Vital statistics of India. Vol. IV, Annual returns from 1871 to 1876. British Army of India, Native Army and jails of Bengal
Year: 1871
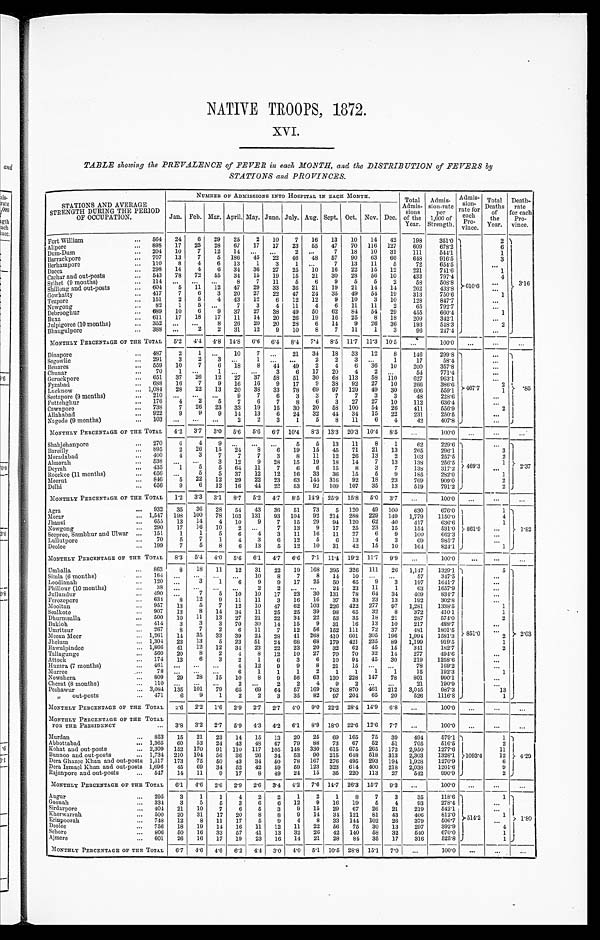
NATIVE TROOPS, 1872.
xv.
TABLE &halving the PREVALENCE of FEVER in each MONTH, and the DISTRIBUTION of FEVERS by
STATIONS and PROVINCES.
STATIONS AND AVERAGE
STRENGTH DURING THE PERIOD
OF OCCUPATION.
NUMBER OF ADMISSIONS INTO HOSPITAL IN Eicn MONTH.
Total
Admis-
lions
of the
Year.
Admis-
sion-rate
per
1,000 of
Strength.
Admis-
,sion:
late tor
each
Total
Deaths
of
the
Year.
Death-
rate
for each
Pro-
vince.
Jan. Feb. Mar, April. May.
.
June. July. Aug. Sept. Oct. Nov. Dec.
vince,
Fort William
...
564
24
6
29
25
2
10
7
16
13
10
14
42
198
351'0 1
2 )
Alipore
...
898
17
25
28
67
17
17
23
55
47
70
116
127
609
673'2 l
6 l
Dum-Dum
...
204
10
7
12
11
'
. .
...
7
18
10
31
111
541'1
1
Barrackpore
- •
707
13
7
5
186
45
22
46
48
57
90
63
60
649
916'5
3
13erhampore
...
110
8
4
6
13
1
3
. .
7
13
11
5
72
654'5
...
Dacca
- •
298
14
4
6
31
36
27
25
10
10
22
15
12
221
711'6
1
Cachar and out-posts
...
513
78
72
55
31
15
19
15
21
30
23
56
10
433
4
Sylhet (9 months)
...
114
...
5
...
11
...
8
7
11
5
6
9
5
5
2
53
54 709387 3" 84 8 > . 61( ) . 6
3'16
Shillong and out-posts
...
601
12
47
29
33
36
21
19
21
11
14
962
: : :
G owliatty
...
417
7
6
3
20
27
22
47
24
35
49
54
19
313
750'6
1
Tezpore
...
151
2
5
4
43
12
6
12
12
9
10
3
10
128
847'7
...
1, .lrowgong
...
82
1
5
...
7
3
4
11
4
6
11
11
2
65
7921
...
Debrooghur
...
689
10
6
9
37
27
38
49
50
62
81
54
29
455
660'4
1
Buxa
...
611
17
18
17
11
14
20
26
19
16
25
8
18
209
342'1
Julpigoree (10 months)
...
353
..
2
3
0
1
2
12
0
2
9
0
2
1,1
14
1
9
1
26
36
193
513'3
2
Bhaugulp ore
...
333
...
...
2
2
8
1
3
96
2474 )
...
MONTHLY PERCENTAGE OF TILE TOTAL
5'2
4'4
4'8 14'8
6'6
6'1
8,1
7,1
8'5 11'7 1r3 10'5
,,, ,,
100'0
•..
...
...
Dinapore
...
487
2
1
._
10
7
..,
21
31
18
33
12
8
116
_
299'8
____
)
—•— ______
Segowlie
...
291
3
2
1
2
3
. .
1
17
58'4
...
Beuares
...
559
10
7
6
18
8
41
49
2
4
6
'36
10
200
357'8
Chunar
...
70
1
3
5
17
20
4
2
.'.
54
771'4
...
Goruckpore
...
651
37
26
12
27
37
58
51
30
68
113
58
110
627
063'1
Fyzabad
...
683
Lucknow
... 1,034
16
28
7
22
9
13
16
20
16
38
9
33
17
78
9
69
38
97
92
129
27
49
10
30
266
606
386'6
559'1 -• 467'7
2
1
'85
Seetapore (9 months)
210
9
7
6
3
3
7
7
3
3
48
228'6
...
Puttelihur
...
176
4
2
5
7
6
7
8
6
3
27
27
10
112
636'4
...
Cawnpo
g
re
...
733
7
26
23
33
19
15
30
20
58
100
54
26
411
556'9
2
Allababad
...
922
9
9
9
11
13
6
24
32
44
34
15
22
231
210'5
..
Nagode (9 months)
...
103
-.
-.
-.
2
2
3
1
5
8
11
6
-1
42
407'8 J
MONTHLY PERCENTAGE or THE TOTAL
4-2
31
3 •0
5'6
5'6
61
-
10'4
8'3 13'3 20'3 10'4
8-5
--
,,.
—
100'0
—
...
—
Shahjehanpore
...
270
6
4
26
9
...
...
5
5
13
11
8
1
62
_
229'6
_
•)
Bareilly
...
895
2
15
24
8
6
19
15
45
71
21
13
265
206'1
3
Moradabad
...
400
1
3
7
7
7
3
8
11
12
20
13
2
103
2575
2
Ahnorah
538
5
3
12
9
28
15
19
18
11
7
13
138
216'5
469'3
1
2'37
Deyrah
...
435
1
5
64
11
7
6
6
15
8
3
7
138
317'2
...
Roorkee (11 months)
656
.„
5
5
37
12
12
16
33
36
15
5
9
185
282'0
1
Meerut
• • .
846
5
22
12
29
22
23
63
111 316
92
18
23
769
909'0
2
Delhi
...
616
9
6
12
16
44
25
53
92
109
107
35
13
519
791'2 J
2
IIONTIILY PERCENTAGE OF THE TOTAL
1'2
3'3
3'1
8'7
5'2
4'7
8'5 119 ' 25'9 15'8
5'0
31
.„
100'0
...
•••
...
Agra
...
932
35
36
28
54
43
36
51
73
5
120
49
100
630
676'0 1
1
Morar
... 1,517
198
100
78
103
131
93
104
92
214
288
229
149
1,779
1150'0 I
4
Jhausi
• -
655
13
14
4
10
9
7
15
29
94
120
62
40
417
636'6 I
1
Nowgong
...
290
17
16
10
2
...
7
13
9
17
25
23
15
154
531'0 ', - 861'9
...
1'32
Seepree, Sambhur and Ulwar ...
151
1
1
5
6
4
3
11
16
11
27
6
9
100
662'
I
..•
Lullutpore
...
70
5
7
1
4
3
6
12
5
6
13
4
3
69
085'7 I
Deolee
...
199
7
5
8
—
6
13
5
12
10
31
42
15
10
164
824'1 j
MONTHLY PERCENTAGE OF THE TOTAL
8-3
5'1
4'0
_
5-6
6'1
4'7
6. 6
7• 1 11-4 19'2 11'7
9'9
,,, I
100'0
...
...
...
Umballa
...
863
8
18
11
12
31
.
22
•
19
168
395
326
111
20
-
1,147
13201
—
')
5
_
')
Simla (6 months)
...
164
...
...
...
...
10
8
7
8
14
10
...
...
57
317'5
...
Loodiauah
...
120
...
3
1
6
9
9
17
25
50
65
9
3
197
1641'7
•••
Phillour (10 mouths)
...
38
•••
•••
••.
••
2
2
. .
•••
24
23
11
1
63
1657'9
...
Jullumlur
._
490
„
7
' 5
10
10
17
23
30
131
78
61
34
409
8317
Ferozepore
...
631
8
12
9
11
11
3
16
16
37
33
23
13
192
302'8
-• •
Mooltan
•„
957
13
5
7
12
10
47
62
103
226
122
277
97
1,285
1339-5
I
1
Sealkote
•-
907
13
8
14
34
11
25
25
39
98
65
32
8
372
440'1 1
1
Dhurmsalla
,..
500
10
1]
13
27
21
22
34
22
53
35
18
21
287
574'0
2
13ukloh
...
414
3
3
3
70
30
14
15
9
31
16
13
10
217
488'7
...
Umritsur
...
267
Menu Meer
... 1,261
8
14
7
35
2
33
6
39
11
24
7
28
12
41
56
152
410
111
601
72
305
2
6
8
37
196
491
1,991
1801'5
1181'3 L 851'0
2 } 2'03
Jhelum
... 1,304
23
13
5
23
51
24
68
68
179
421
235
89
1,199
919'5
1
liawulpindee
... 1,866
41
12
12
34
23
22
23
20
32
62
45
15
341
182-7
2
Tallagunge
...
560
20
8
2
4
8
12
10
27
70
70
32
14
277
494'
...
174
13
6
3
2
1
6
3
6
10
9-1
45
30
219
1218'6
• "
...
Huzara (7 months)
461
•..
...
...
4
12
9
9
8
21
15
...
...
78
169'2
1
Murree
6
1
1
1
2
1
1
1
1
15
192'3
1
Nowshera
...
809
29
28
15
10
8
9
56
63
130
228
147
78
801
990'1 I
...
Cherat (8 months)
...
110 ..,
.-
_.
2
2
4
9
2
...
.
21
190'9 I
...
Peshawur
... 3,08-1
135
101
79
65
69
61
57
169
763
870
461
ill),
3,015
987'3
13
,,
out-posts
...
471
6
9
1
2
2
3
35
82
97
204
65
20
526
1116'8
1 i
MONTHLY PERCENTAGE OF THE TOTAL
:,'6
2'2
1'6
2'9
2'7
21
4'0
9'0 22-2 28'1 14'9
6'8
...
100'0
...
...
_
...
MONTHLY PERCENTAGE OF THE TOTAL
FOR THE PRESIDENCY
...
3'8
3'2
2'7
5 • 9
4'3
4'2
6'1
8'9 18-0 22'0 12 - 6
7'7
...
100'0
...
...
-.
Murdan
...
853
15
21
23
14
15
13
20
25
69
165
75
39
494
579'1 -)
1 •)
Abbottabad
... 1,365
60
53
24
43
48
67
79
88
73
67
52
51
705
516'
1
2
Kohat and out-posts
... 2,309
152
170
91
110 117 105 148 330 615 675 265 172 2,950
1277'0 1
11
Bunnoo and out-posts
... 1,734
210
104
56
36
26
34
53
90
215
648
518
313
2,303
1328'1 }10931
12 }. 4'29
Dera Ghazee Khan and out-posts 1,517
173
75
50
43
3/
50
78
167
276
495
293
191
1,928
1270'
1
6 I
Dera Ismael Khan and out-posts 1,696
45
69
34
52
42
59
59
123
323
614 400 218 2,038
1201'6 1
9 1
Rajanpore and out-posts
...
517
14
11
9
17
8
49
24
15
35
220
113
27
512
990'9 J
2 )
MONTHLY PERCENTAGE OF THE TOTAL
6'1
4'6
2•6
2• 9
2'6
3'4
4'2
7'6 11'7 26'3 15'7
9'3
...
100'0
—
...
Augur
...
295
--
3
1
1
4
2
2
1
--
2
1
8
7
3
35
---
118'6
—
1
—
1
---
-)
Goonah
...
334
3
5
5
3
6
6
12
9
16
19
5
4
93
278'1 .
...
Sirdarpore
...
404
21
10
7
6
5
3
9
15
29
67
26
21
219
542'1
'••
Kherwarrah
...
100
20
31
17
20
8
8
9
14
34
121
81
43
406
812'0 }- 514'2
1 I
>. 1'80
Erinpoorah
...
718
Deolee
...
756
12
18
8
19
11
14
17
16
5
11
9
12
4
11
8
22
33
56
144
75
102
30
26
13
379
297
5061
392'
...
4
Sehore
...
800
50
16
33
57
41
13
32
26
42
140
58
32
514
670'0 1,
1
Ajmere
...
601
26
16
17
19
23
16
14
21
28
81
35
17
316
525'8 )
1 J
MONTHLY PERCENTAGE OP THE TOTAL
6'7
4'6
4'6
6'2
4'4
3 • 0
4'0
5'1 10'5 23'8 15'1
7'0 I
--
...
—
100'0
—
...
—
-• ...
...